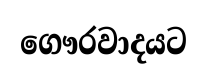
ගෞරවාදයට